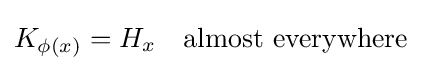
K_{\phi (x)}=H_{x}\quad {\mbox{almost everywhere}}